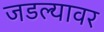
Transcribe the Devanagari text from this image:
जडल्यावर